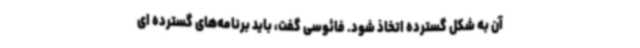
آن به شکل گسترده اتخاذ شود. فائوسی گفت، باید برنامه‌های گسترده ای